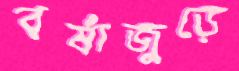
বর্ষাজুড়ে